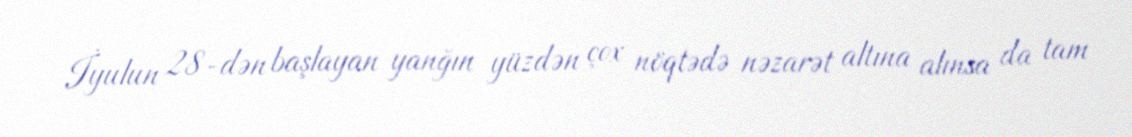
İyulun 28-dən başlayan yanğın yüzdən çox nöqtədə nəzarət altına alınsa da tam